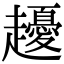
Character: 𧾤